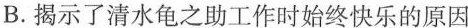
B. 揭示了清水龟之助工作时始终快乐的原因